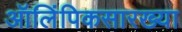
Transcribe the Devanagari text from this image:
ऑलिंपिकसारख्या